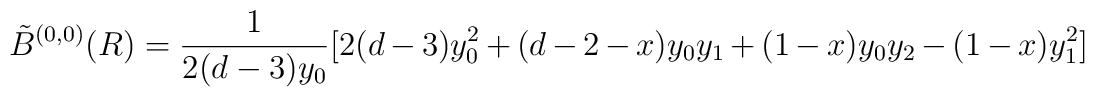
\tilde B^{(0,0)}(R) = \frac{1}{2(d-3)y_0} [2(d-3) y_0^2 + (d-2 -x) y_0 y_1 + (1-x) y_0 y_2 -(1-x) y_1^2]